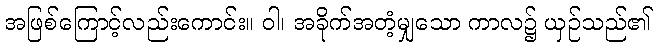
အဖြစ်ကြောင့်လည်းကောင်း။ ဝါ၊ အခိုက်အတံ့မျှသော ကာလ၌ ယှဉ်သည်၏